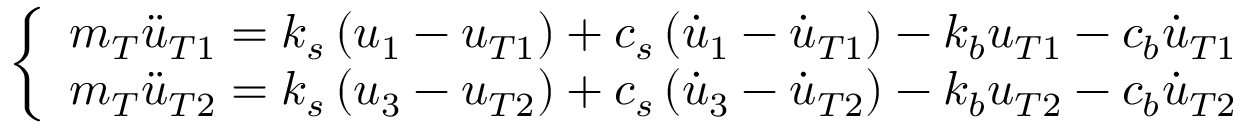
\left\{ \begin{array} { c } { m _ { T } \ddot { u } _ { T 1 } = k _ { s } \left( u _ { 1 } - u _ { T 1 } \right) + c _ { s } \left( \dot { u } _ { 1 } - \dot { u } _ { T 1 } \right) - k _ { b } u _ { T 1 } - c _ { b } \dot { u } _ { T 1 } } \\ { m _ { T } \ddot { u } _ { T 2 } = k _ { s } \left( u _ { 3 } - u _ { T 2 } \right) + c _ { s } \left( \dot { u } _ { 3 } - \dot { u } _ { T 2 } \right) - k _ { b } u _ { T 2 } - c _ { b } \dot { u } _ { T 2 } } \end{array} \right.